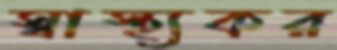
স্বাস্থ্যকর